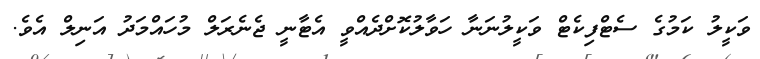
ވަކީލު ކަމުގެ ސެޓްފިކެޓް ވަކީލުނަނާ ހަވާލުކޮށްދެއްވީ އެޓާނީ ޖެނެރަލް މުހައްމަދު އަނިލް އެވެ.